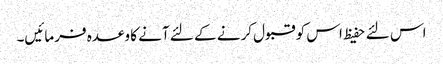
اس لئے حفیظ اس کو قبول کرنے کے لئے آنے کا وعدہ فرمائیں۔